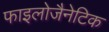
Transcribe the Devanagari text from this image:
फाइलोजैनेटिक